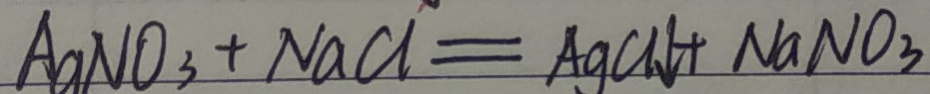
A a N O _ { 3 } + N a C l = A g C l \downarrow + N a N O _ { 3 }